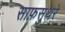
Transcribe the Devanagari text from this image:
साफ़सुथरे